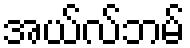
အယ်လ်ဘမ်